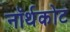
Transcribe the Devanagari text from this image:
नॉर्थकोट